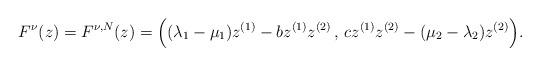
LaTeX: \begin{align*} F^\nu(z) = F^{\nu,N}(z) = \Big((\lambda_1 -\mu_1) z^{(1)} - bz^{(1)}z^{(2)}\,, \,cz^{(1)}z^{(2)} - (\mu_2 - \lambda_2) z^{(2)}\Big).\end{align*}